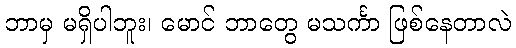
ဘာမှ မရှိပါဘူး၊ မောင် ဘာတွေ မသင်္ကာ ဖြစ်နေတာလဲ